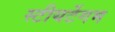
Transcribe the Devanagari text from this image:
स्टीयर्टेगम